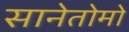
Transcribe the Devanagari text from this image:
सानेतोमो